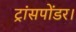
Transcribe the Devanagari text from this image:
ट्रांसपोंडर।